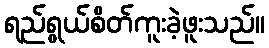
ရည်ရွယ်စိတ်ကူးခဲ့ဖူးသည်။